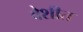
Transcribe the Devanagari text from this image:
वेशीत